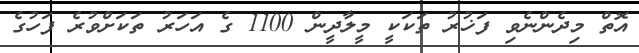
އޮތް މިދެންނެވި ފަޚުރު ތަކަކީ މީލާދީން 1100 ގެ އަހަރު ތަކަށްވުރެ ފަހުގެ